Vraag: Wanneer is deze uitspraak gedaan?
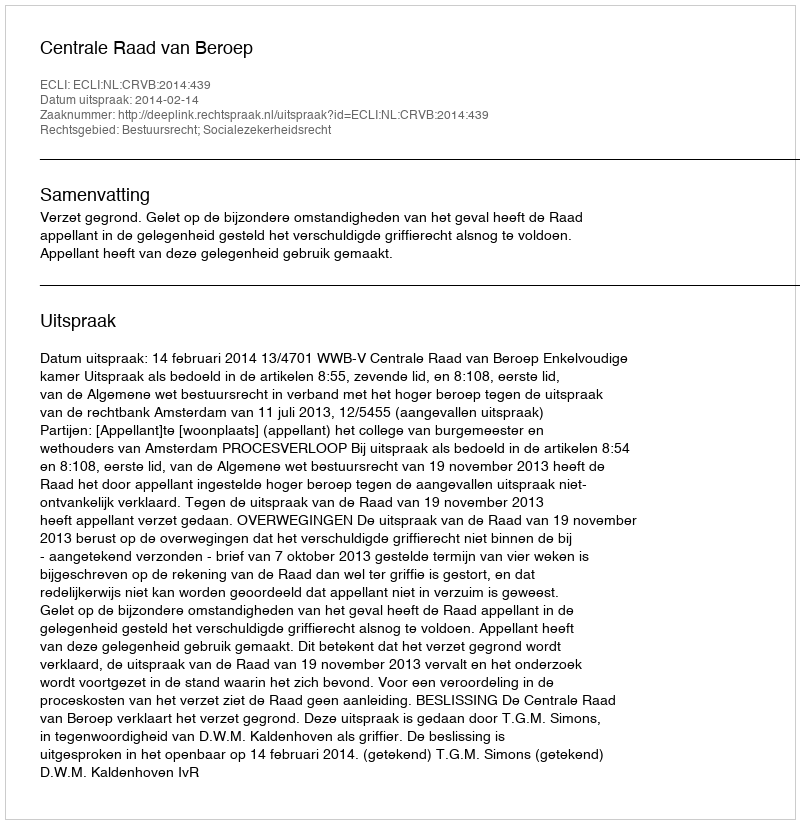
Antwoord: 2014-02-14